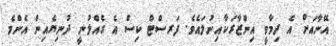
އޭނާއަށް އެ ދިމާވީ އިންޒާރަކާއިނުލައެވެ. ފަރސްޓް ކިސް އެ ގެއްލުނީ ދުނިޔެއިން އެންމެ